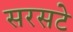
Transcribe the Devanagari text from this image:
सरसटे